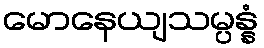
မောနေယျသမ္ပန္နံ